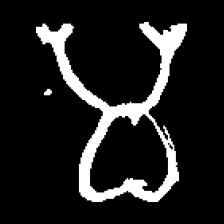
Pyu character \u2014 Myanmar letter: မ (romanized: ma)